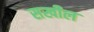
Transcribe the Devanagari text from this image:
सखील